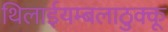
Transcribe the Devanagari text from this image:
थिलाईयम्बलाठुक्कू